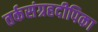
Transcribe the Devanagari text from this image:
तर्कसंग्रहदीपिका